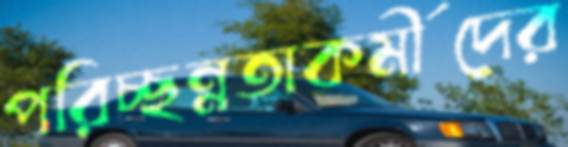
পরিচ্ছন্নতাকর্মীদের